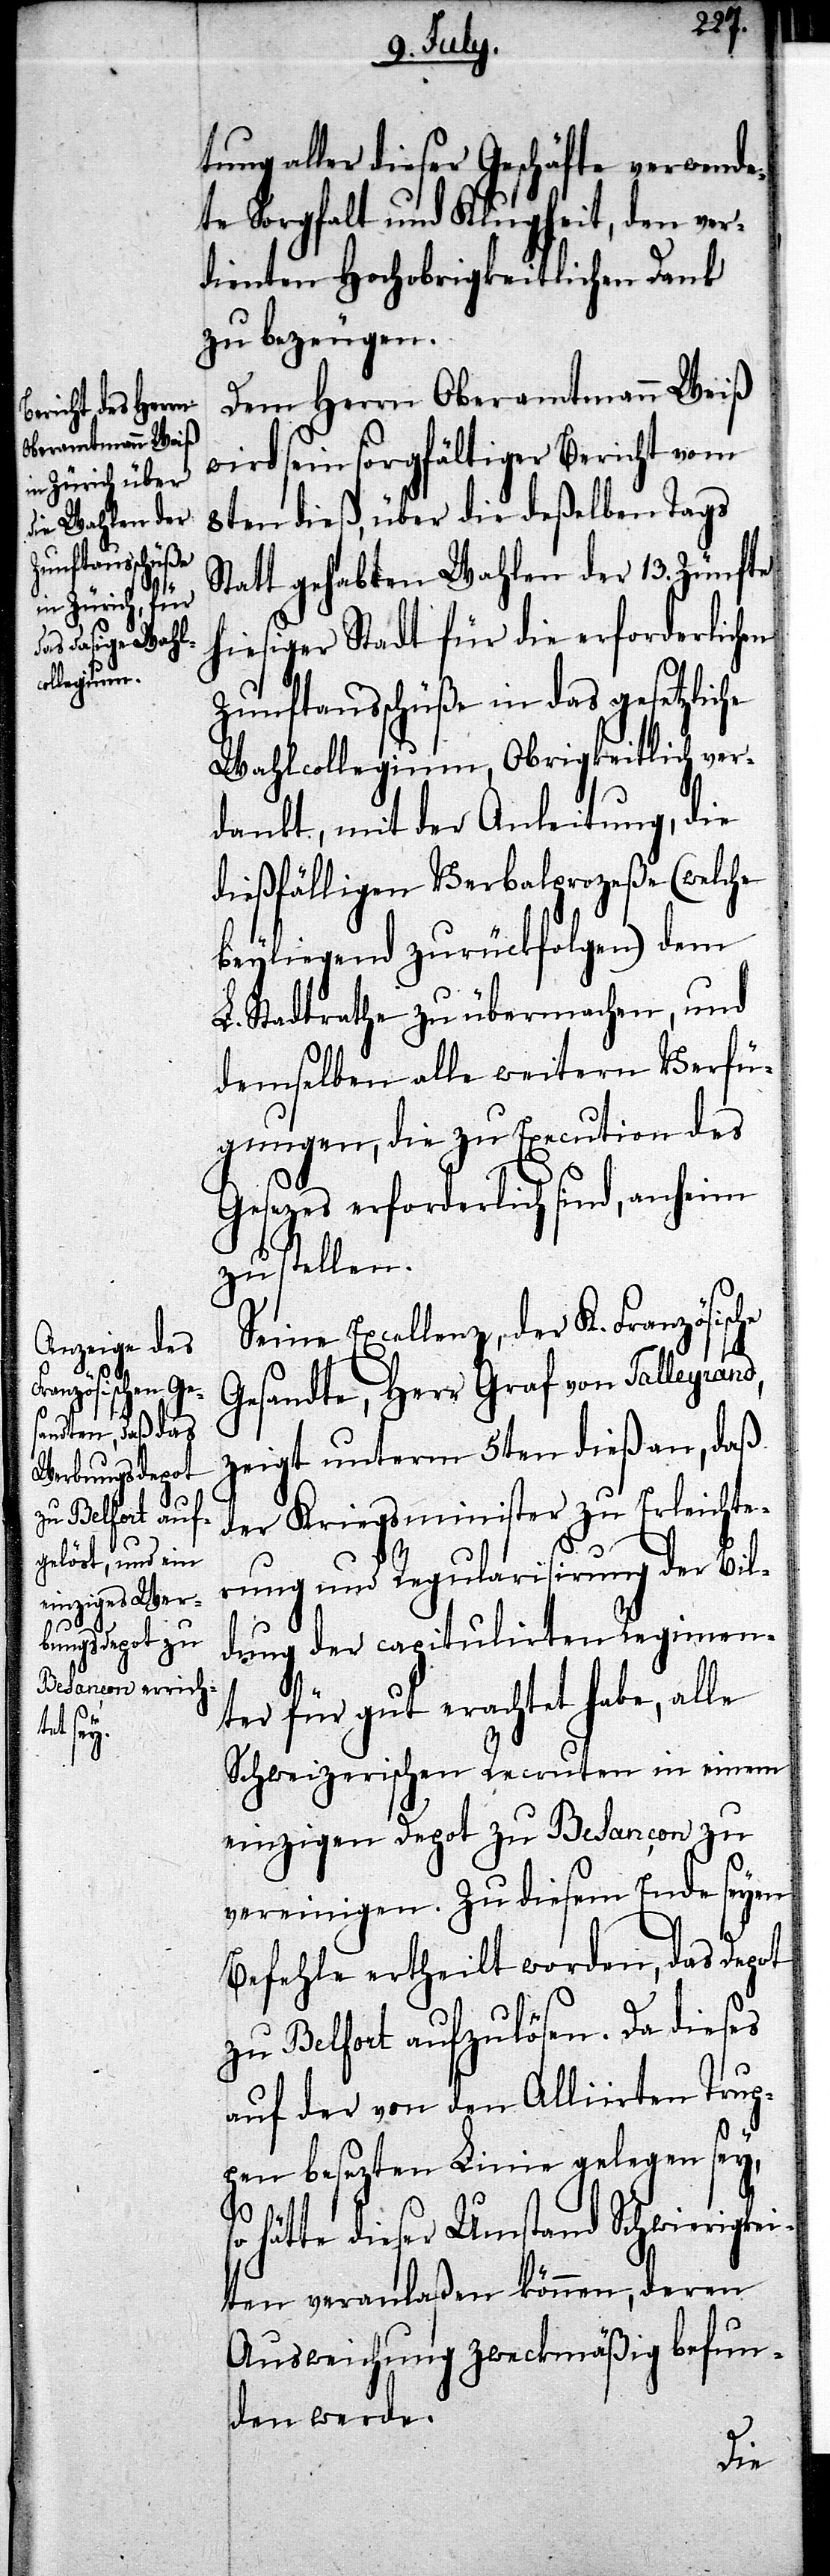
d,

tung aller dieser Geschäfte verwende¬
te Sorgfalt und Klugheit, den ver¬
dienten Hochobrigkeitlichen Dank
zu bezeugen.
Dem Herrn Oberamtmann Weiß
wird sein sorgfältiger Bericht vom
8ten dieß, über die deßelben Tags
Statt gehabten Wahlen der 13. Zünfte
hiesiger Stadt für die erforderlichen
Zunftausschüße in das gesetzliche
Wahlcollegium, Obrigkeitlich ver¬
dankt, mit der Anleitung, die
dießfälligen Verbalprozeße (welche
beyliegend zurückfolgen) dem
L. Stadtrathe zu übermachen, und
demselben alle weitern Verfü¬
gungen, die zu Execution des
Gesezes erforderlich sind, anheim
zu stellen.
Seine Excellenz, der K. Französische
Gesandte, Herr Graf von Talleyran¬
zeigt unterm 5ten dieß an, daß
der Kriegsminister zu Erleichte¬
rung und Regularisirung der Bil¬
dung der capitulirten Regimen¬
ter für gut erachtet habe, alle
Schweizerischen Recruten in einem
einzigen Depot zu Besançon zu
vereinigen. Zu diesem Ende seyen
Befehle ertheilt worden, das Depot
zu Belfort aufzulösen. Da dieses
auf der von den Alliierten Trup¬
pen besezten Linie gelegen sey,
so hätte dieser Umstand Schwierigkei¬
ten veranlaßen können, deren
Ausweichung zweckmäßig befun¬
den werde.